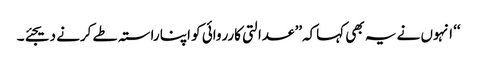
‘‘ انہوں نے یہ بھی کہاکہ’’ عدالتی کارروائی کو اپنا راستہ طے کرنے دیجئے۔